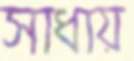
সাধায়